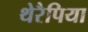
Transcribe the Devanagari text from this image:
थेरैपिया